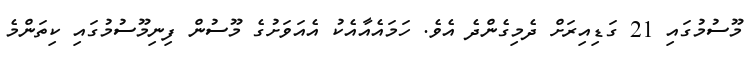
މޫސުމުގައި 21 ގަޑިއިރަށް ދެމިގެންދެ އެވެ. ހަމައެއާއެކު އެއަވަށުގެ މޫސުން ފިނިމޫސުމުގައި ކިތަންމެ